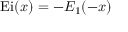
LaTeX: \operatorname { E i } ( x ) = - E _ { 1 } ( - x )